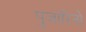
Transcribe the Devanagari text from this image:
पुजारिनो